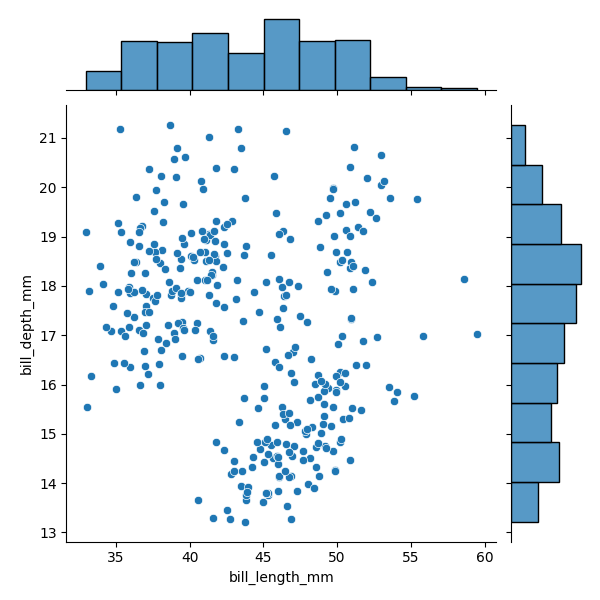
python, seaborn, JointGrid, scatterplot, histplot